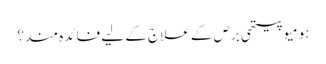
ہومیوپیتھی برص کے علاج کے لیے فائدہ مند؟